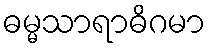
ဓမ္မသာရာဓိဂမာ